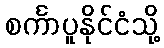
စင်္ကာပူနိုင်ငံသို့